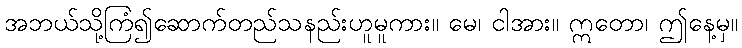
အဘယ်သို့ကြံ၍ဆောက်တည်သနည်းဟူမူကား။ မေ၊ ငါအား။ ဣတော၊ ဤနေ့မှ။